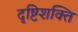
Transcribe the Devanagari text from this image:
दृष्टिशक्ति